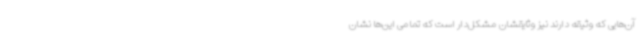
آن‌هایی که وثیقه دارند نیز وثایقشان مشکل‌دار است که تمامی این‌ها نشان